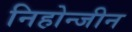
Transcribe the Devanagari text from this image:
निहोन्जीन